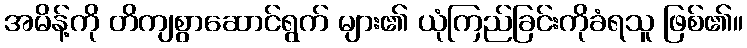
အမိန့်ကို တိကျစွာဆောင်ရွက် များ၏ ယုံကြည်ခြင်းကိုခံရသူ ဖြစ်၏။